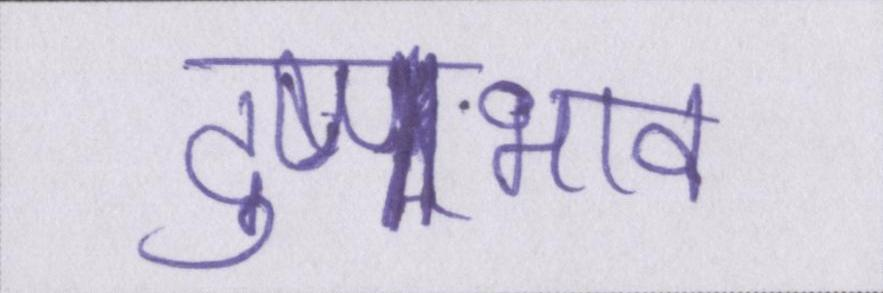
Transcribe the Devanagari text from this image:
दुष्प्रभाव